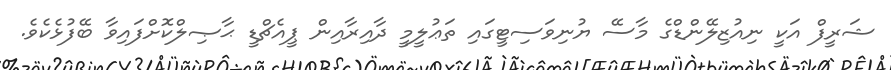
ޝަރީފް އަކީ ނިއުޒިލޭންޑްގެ މާސޭ ޔުނިވަސިޓީގައި ތަޢުލީމީ ދާއިރާއިން ޕީއެޗްޑީ ޙާޞިލްކޮށްފައިވާ ބޭފުޅެކެވެ.